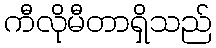
ကီလိုမီတာရှိသည်